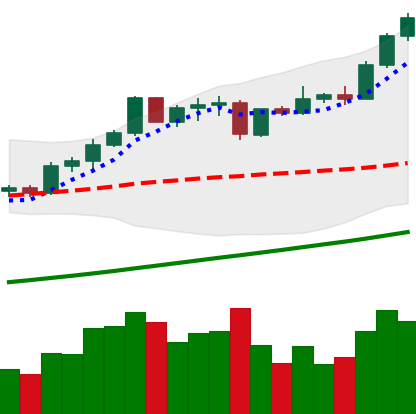
Ticker: ETH-USD
Chart end date: 2021-04-15
Forward return: -7.499%
Label: down_7plus